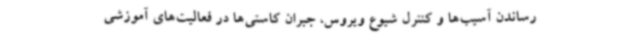
رساندن آسیب‌ها و کنترل شیوع ویروس، جبران کاستی‌ها در فعالیت‌های آموزشی